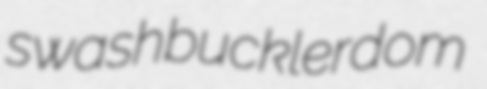
swashbucklerdom